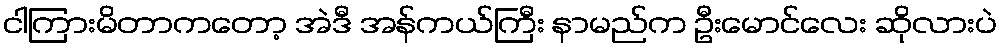
ငါကြားမိတာကတော့ အဲဒီ အန်ကယ်ကြီး နာမည်က ဦးမောင်လေး ဆိုလားပဲ